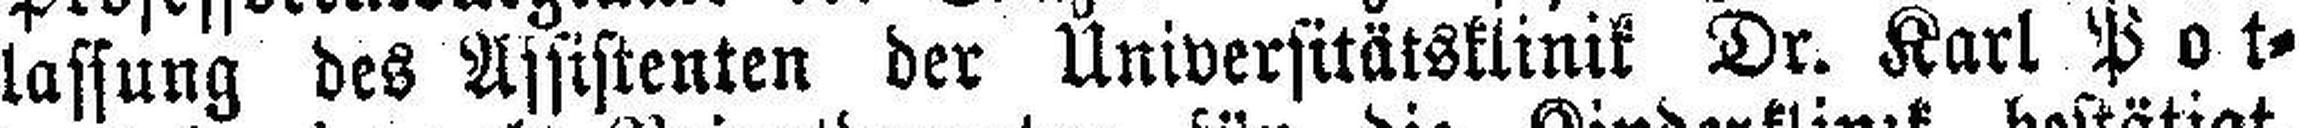
lassung des Assistenten der Universttätsklinik Dr. Karl Pot¬